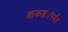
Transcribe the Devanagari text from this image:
आकड्यांपर्यंत